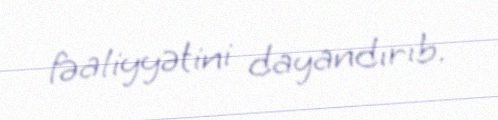
fəaliyyətini dayandırıb.